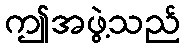
ဤအဖွဲ့သည်